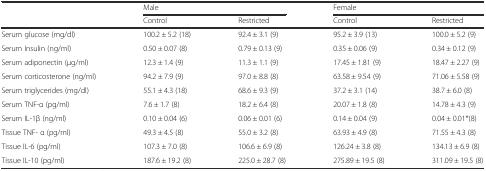
| <ROWSPAN=2>  | <COLSPAN=2> Male | <COLSPAN=2> Female |
 | Control | Restricted | Control | Restricted |
 | --- | --- | --- | --- | --- |
 | Serum glucose (mg/dl) | 100.2 ± 5.2 (18) | 92.4 ± 3.1 (9) | 95.2 ± 3.9 (13) | 100.0 ± 5.2 (9) |
 | Serum Insulin (ng/ml) | 0.50 ± 0.07 (8) | 0.79 ± 0.13 (9) | 0.35 ± 0.06 (9) | 0.34 ± 0.12 (9) |
 | Serum adiponectin (μg/ml) | 12.3 ± 1.4 (9) | 11.3 ± 1.1 (9) | 17.45 ± 1.81 (9) | 18.47 ± 2.27 (9) |
 | Serum corticosterone (ng/ml) | 94.2 ± 7.9 (9) | 97.0 ± 8.8 (8) | 63.58 ± 9.54 (9) | 71.06 ± 5.58 (9) |
 | Serum triglycerides (mg/dl) | 55.1 ± 4.3 (18) | 68.6 ± 9.3 (9) | 37.2 ± 3.1 (14) | 38.7 ± 6.0 (8) |
 | Serum TNF-α (pg/ml) | 7.6 ± 1.7 (8) | 18.2 ± 6.4 (8) | 20.07 ± 1.8 (8) | 14.78 ± 4.3 (9) |
 | Serum IL-1β (ng/ml) | 0.10 ± 0.04 (6) | 0.06 ± 0.01 (6) | 0.14 ± 0.04 (9) | 0.04 ± 0.01*(8) |
 | Tissue TNF- α (pg/ml) | 49.3 ± 4.5 (8) | 55.0 ± 3.2 (8) | 63.93 ± 4.9 (8) | 71.55 ± 4.3 (8) |
 | Tissue IL-6 (pg/ml) | 107.3 ± 7.0 (8) | 106.6 ± 6.9 (8) | 126.24 ± 3.8 (8) | 134.13 ± 6.9 (8) |
 | Tissue IL-10 (pg/ml) | 187.6 ± 19.2 (8) | 225.0 ± 28.7 (8) | 275.89 ± 19.5 (8) | 311.09 ± 19.5 (8) |